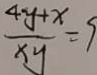
\frac { 4 y + x } { x y } = 9